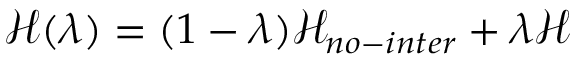
\mathcal { H } ( \lambda ) = ( 1 - \lambda ) \mathcal { H } _ { n o - i n t e r } + \lambda \mathcal { H }